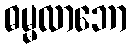
ဓမ္မလာဘော